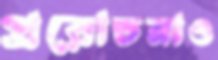
প্ররোচনাও